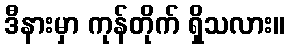
ဒီနားမှာ ကုန်တိုက် ရှိသလား။